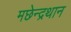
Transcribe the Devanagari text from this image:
मछेन्‍द्रथान